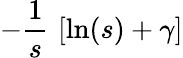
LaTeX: -{\frac{1}{s}}\, \left[\ln(s)+\gamma\right]